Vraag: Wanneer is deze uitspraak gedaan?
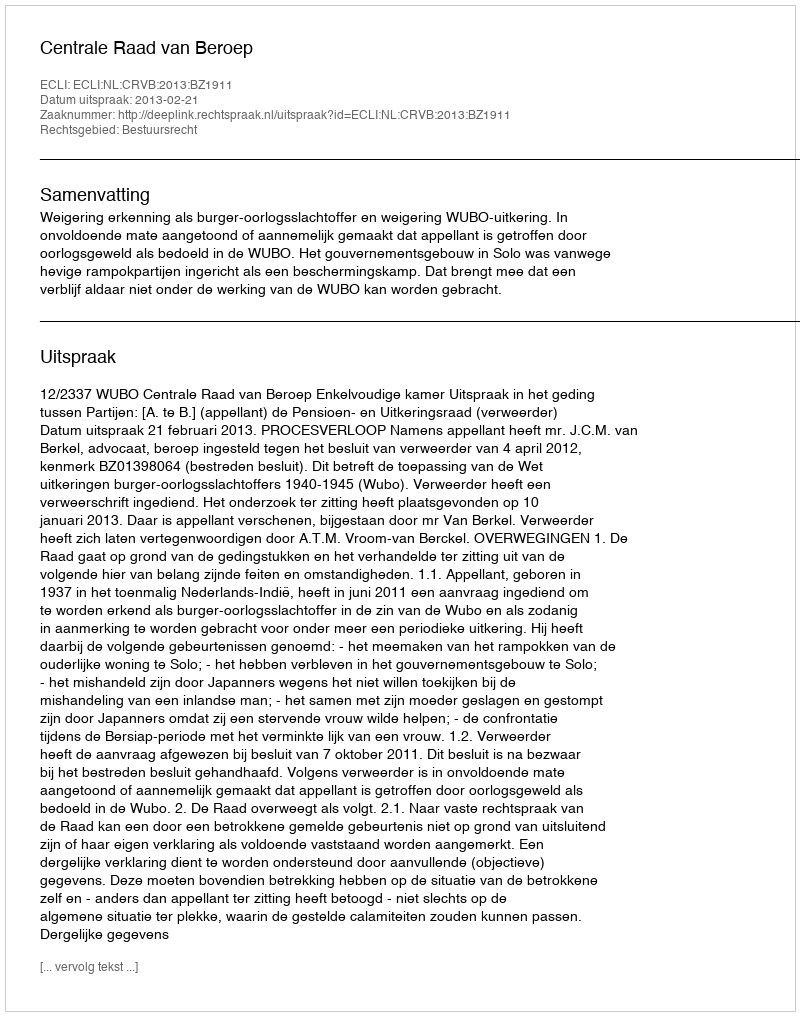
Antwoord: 2013-02-21